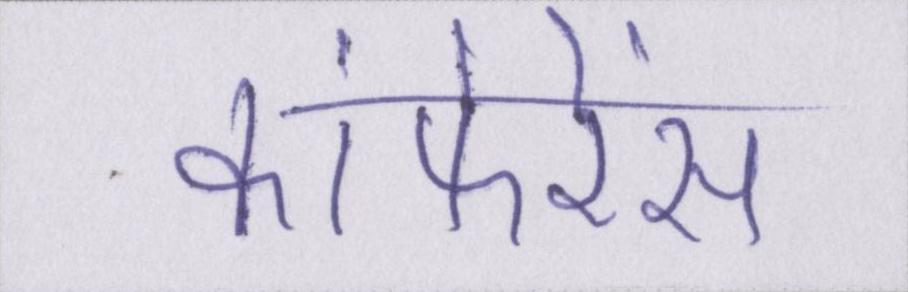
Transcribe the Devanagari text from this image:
कांफेरेंस